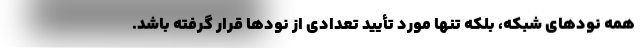
همه نودهای شبکه، بلکه تنها مورد تأیید تعدادی از نودها قرار گرفته باشد.